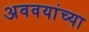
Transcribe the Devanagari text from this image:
अववयांच्या